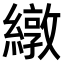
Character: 𫄃